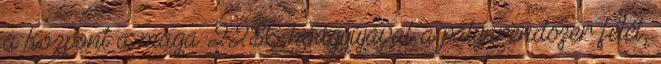
a központ a maga 2286 hóágyújával a pályarendszer felét,